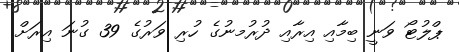
ޕްލުޓޯ ވަނީ ބިމާއި އިރާއި ދުރުމނުގެ ހުރި ވަރުގެ 39 ގުނަ އިރަށް